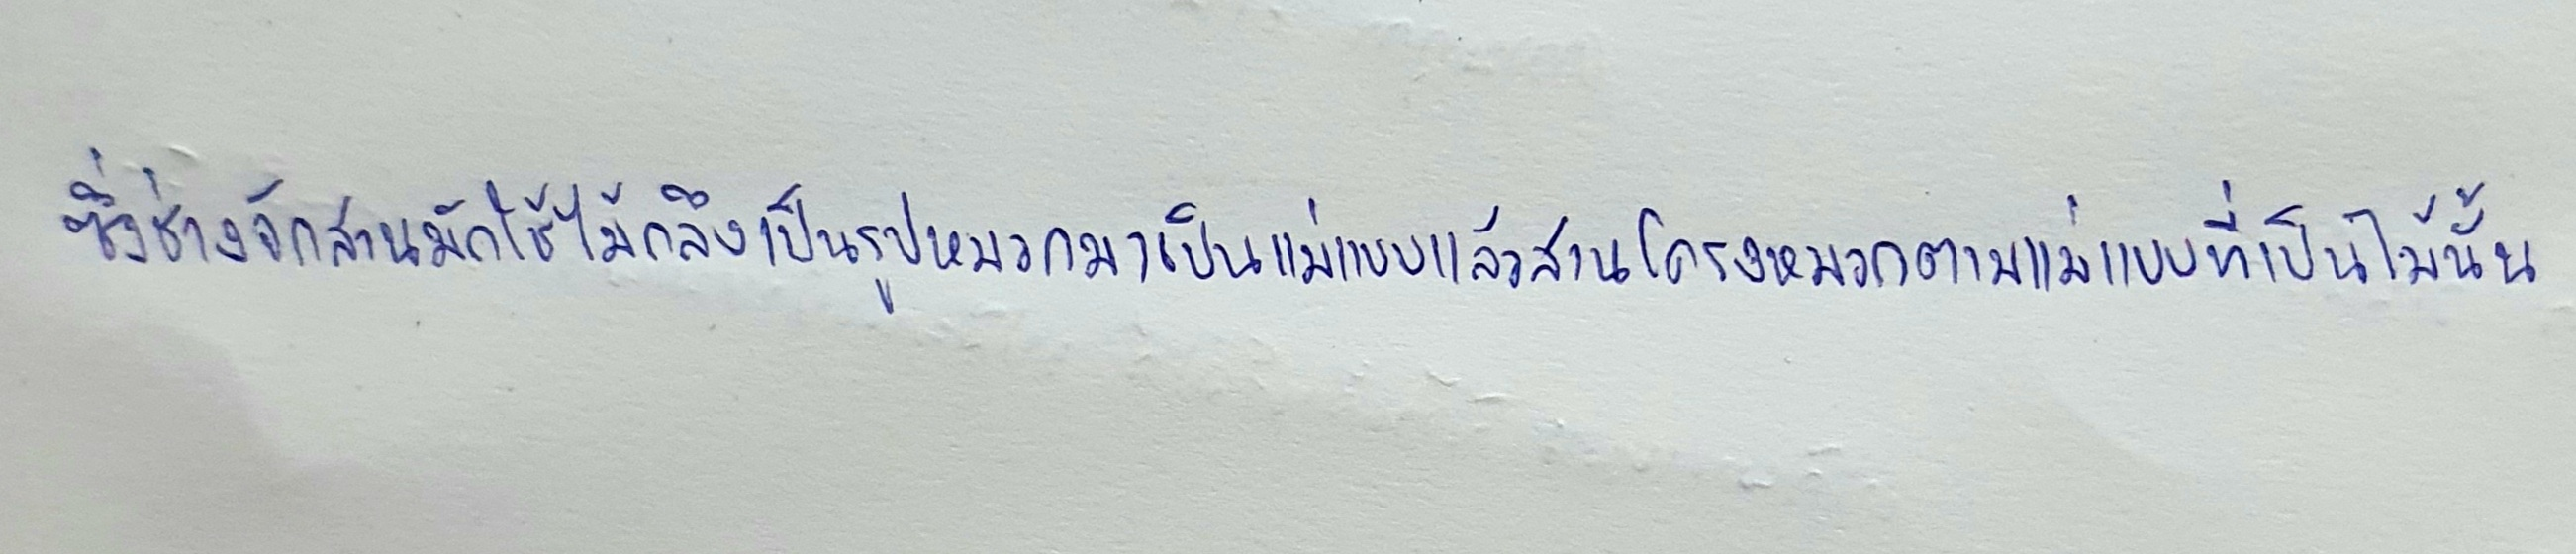
ซึ่งช่างจักสานมักใช้ไม้กลึงเป็นรูปหมวกมาเป็นแม่แบบแล้วสานโครงหมวกตามแม่แบบที่เป็นไม้นั้น